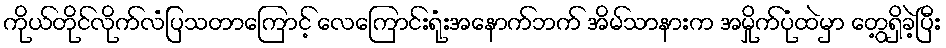
ကိုယ်တိုင်လိုက်လံပြသတာကြောင့် လေကြောင်းရုံးအနောက်ဘက် အိမ်သာနားက အမှိုက်ပုံထဲမှာ တွေ့ရှိခဲ့ပြီး